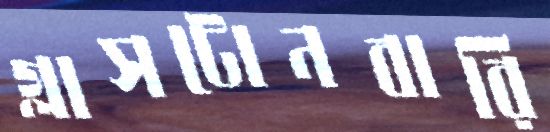
গ্লাসটোনবারি